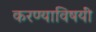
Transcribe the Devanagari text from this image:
करण्याविषयीं